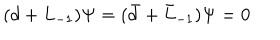
( d + L _ { - 1 } ) \Psi = ( \bar { d } + \bar { L } _ { - 1 } ) \Psi = 0